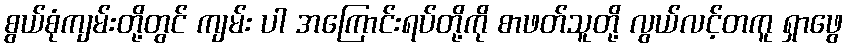
စွယ်စုံကျမ်းတို့တွင် ကျမ်း ပါ အကြောင်းရပ်တို့ကို စာဖတ်သူတို့ လွယ်လင့်တကူ ရှာဖွေ